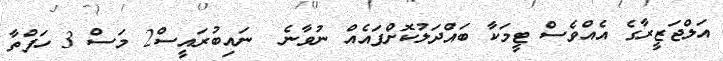
އަލްޖަޒީރާގެ އެއްވެސް ޓީމަކާ ބައްދަލުކޮށްފައެއް ނުވާނެ  ނައިބުރައީސް2 މަސް 3 ހަފްތާ